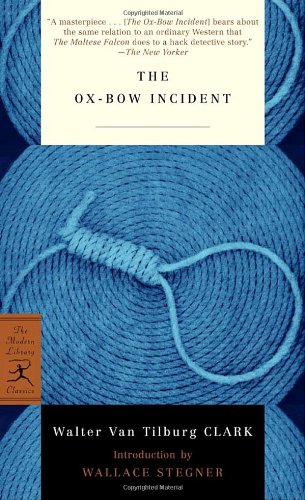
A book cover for The Ox-Bow Incident (Modern Library Classics); Walter Van Tilburg Clark; Literature & Fiction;